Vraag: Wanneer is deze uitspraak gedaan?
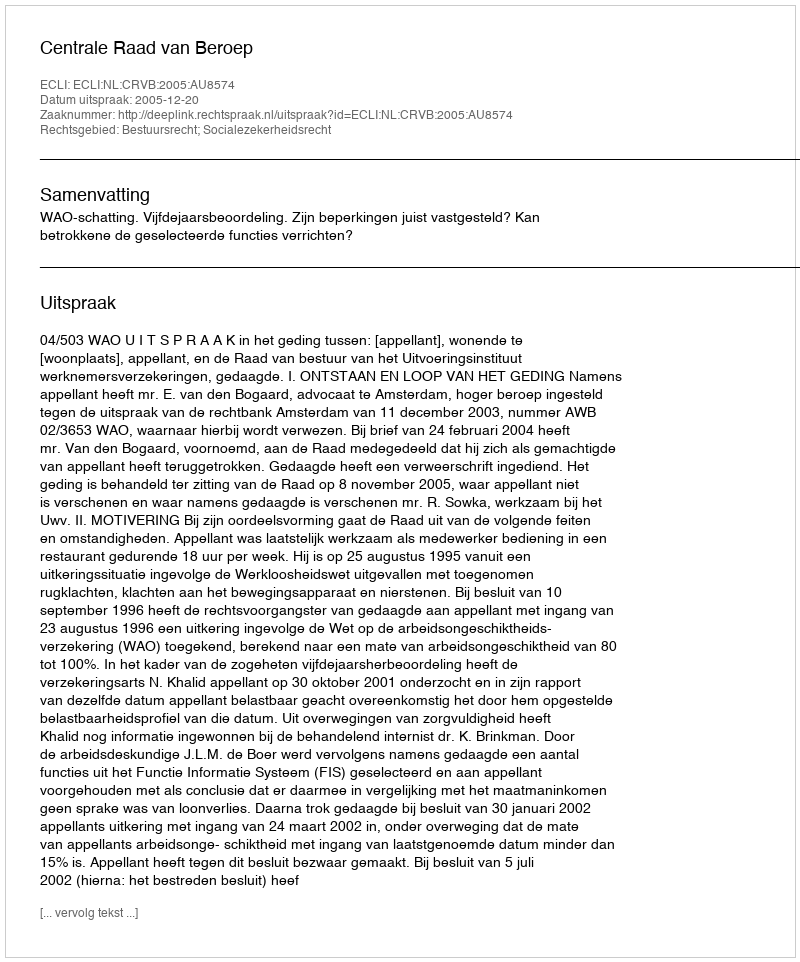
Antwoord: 2005-12-20